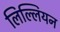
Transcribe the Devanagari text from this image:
लिल्लियन